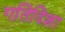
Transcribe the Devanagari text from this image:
गतिदिशा